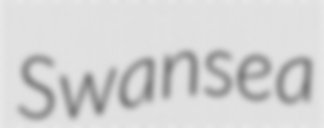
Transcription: Swansea